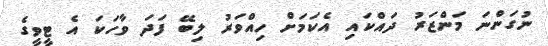
ނުގަންނަ މަންޒަރު ދައްކައި އެކަމަށް ހިއްވަރު ލިބޭ ފަދަ ވާހަކަ އެ ޓީވީގެ